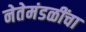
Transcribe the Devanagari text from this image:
नेतेमंडळींचा